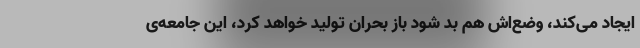
ایجاد می‌کند، وضع‌اش هم بد شود باز بحران تولید خواهد کرد، این جامعه‌ی